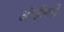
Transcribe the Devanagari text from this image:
ऑर्डीनरी